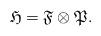
LaTeX: \begin{align*}\mathfrak{H}=\mathfrak{F}\otimes \mathfrak{P}.\end{align*}